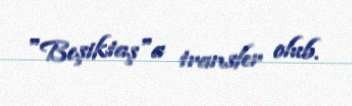
"Beşiktaş"a transfer olub.